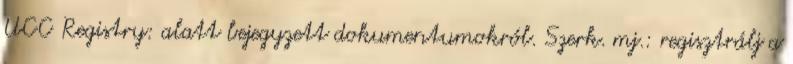
UCC Registry: alatt bejegyzett dokumentumokról. Szerk. mj.: regisztrálj a